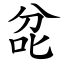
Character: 兺